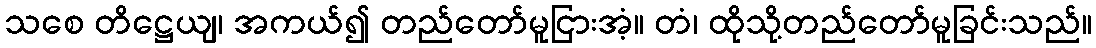
သစေ တိဋ္ဌေယျ၊ အကယ်၍ တည်တော်မူငြားအံ့။ တံ၊ ထိုသို့တည်တော်မူခြင်းသည်။